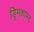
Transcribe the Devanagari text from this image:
ड्रिमकास्ट